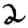
Digit: 2